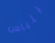
بلباس